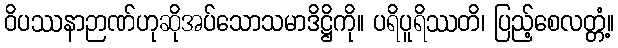
ဝိပဿနာဉာဏ်ဟုဆိုအပ်သောသမာဒိဋ္ဌိကို။ ပရိပူရိဿတိ၊ ပြည့်စေလတ္တံ့။